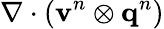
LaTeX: \nabla\cdot\left(\mathbf{v}^{n}\otimes\mathbf{q}^{n}\right)